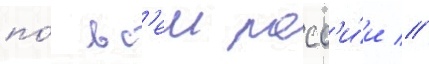
по́ вс'еи росс'и́и //